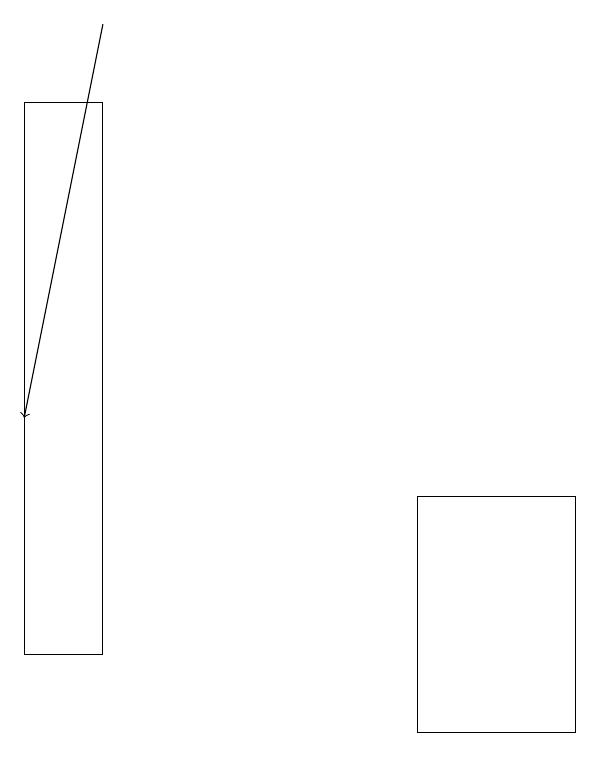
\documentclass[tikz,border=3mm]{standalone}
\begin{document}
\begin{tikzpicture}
\draw (6,13) rectangle (8,10);
\draw (2,18) rectangle (1,11);
\draw[->] (2,19) -- (1,14);
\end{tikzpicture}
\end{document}